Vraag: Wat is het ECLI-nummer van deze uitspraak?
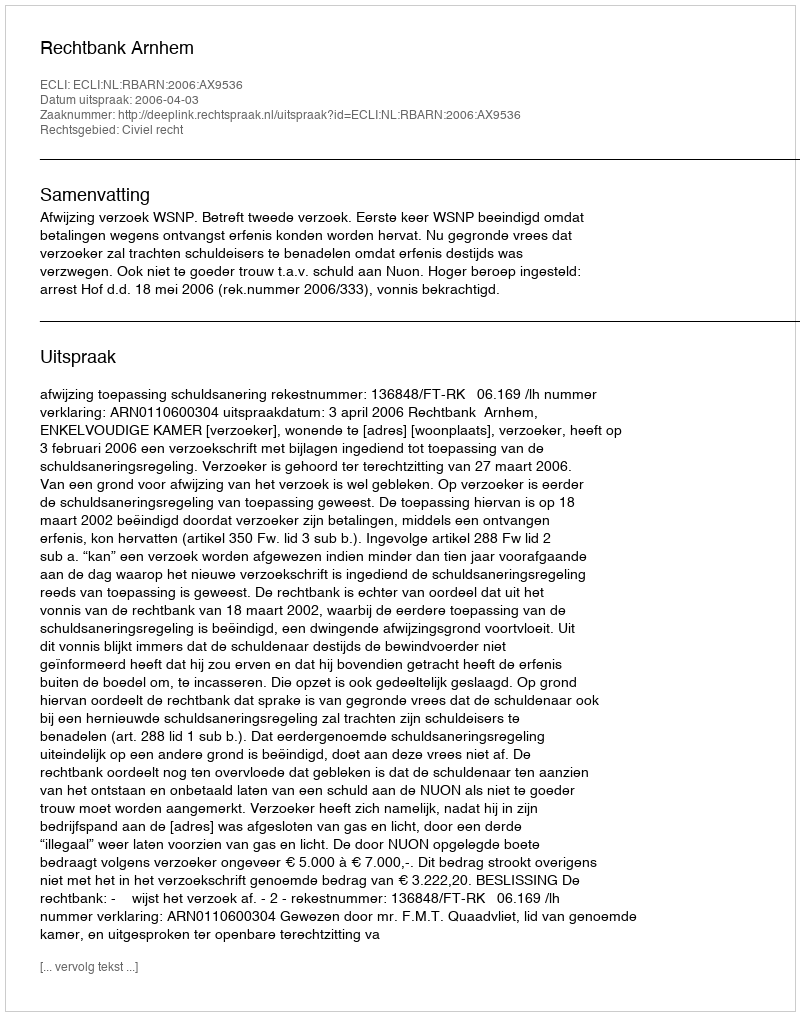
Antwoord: ECLI:NL:RBARN:2006:AX9536